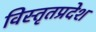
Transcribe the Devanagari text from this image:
विस्तृतप्रदेश